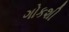
ગોકશી